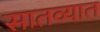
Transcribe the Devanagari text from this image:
सातव्यात